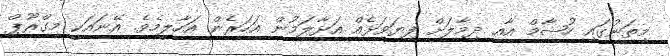
މިތަނުގައި ހުޝާމް އާއި ދިމާލަށް ފިޔަވަޅެއް އަޅާލަމުން އަހަރެން އަހާލީމެވެ. އޭނައަކީ މިގްރޫޕް